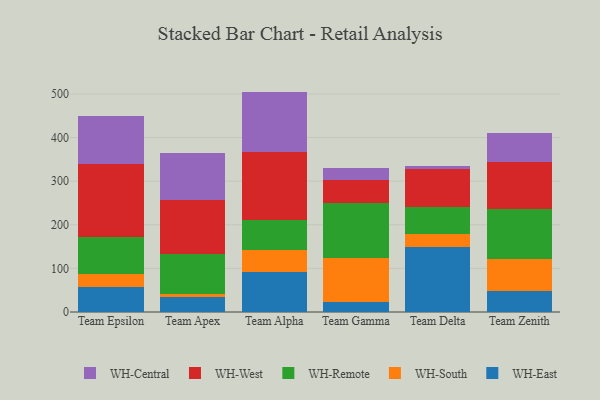
{"axis": {"x": "Team", "y": "Budget (USD K)"}, "legend": ["WH-Central", "WH-East", "WH-Remote", "WH-South", "WH-West"], "data": [{"x": "Team Epsilon", "y": 57.2, "type": "WH-East"}, {"x": "Team Epsilon", "y": 28.9, "type": "WH-South"}, {"x": "Team Epsilon", "y": 85.5, "type": "WH-Remote"}, {"x": "Team Epsilon", "y": 168.2, "type": "WH-West"}, {"x": "Team Epsilon", "y": 109.1, "type": "WH-Central"}, {"x": "Team Apex", "y": 33.8, "type": "WH-East"}, {"x": "Team Apex", "y": 8.0, "type": "WH-South"}, {"x": "Team Apex", "y": 91.1, "type": "WH-Remote"}, {"x": "Team Apex", "y": 124.1, "type": "WH-West"}, {"x": "Team Apex", "y": 108.3, "type": "WH-Central"}, {"x": "Team Alpha", "y": 92.3, "type": "WH-East"}, {"x": "Team Alpha", "y": 50.9, "type": "WH-South"}, {"x": "Team Alpha", "y": 67.5, "type": "WH-Remote"}, {"x": "Team Alpha", "y": 156.0, "type": "WH-West"}, {"x": "Team Alpha", "y": 138.7, "type": "WH-Central"}, {"x": "Team Gamma", "y": 22.9, "type": "WH-East"}, {"x": "Team Gamma", "y": 100.8, "type": "WH-South"}, {"x": "Team Gamma", "y": 125.2, "type": "WH-Remote"}, {"x": "Team Gamma", "y": 52.7, "type": "WH-West"}, {"x": "Team Gamma", "y": 28.5, "type": "WH-Central"}, {"x": "Team Delta", "y": 149.6, "type": "WH-East"}, {"x": "Team Delta", "y": 29.7, "type": "WH-South"}, {"x": "Team Delta", "y": 61.3, "type": "WH-Remote"}, {"x": "Team Delta", "y": 87.5, "type": "WH-West"}, {"x": "Team Delta", "y": 7.1, "type": "WH-Central"}, {"x": "Team Zenith", "y": 49.3, "type": "WH-East"}, {"x": "Team Zenith", "y": 72.0, "type": "WH-South"}, {"x": "Team Zenith", "y": 114.6, "type": "WH-Remote"}, {"x": "Team Zenith", "y": 108.4, "type": "WH-West"}, {"x": "Team Zenith", "y": 66.4, "type": "WH-Central"}]}